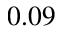
0 . 0 9